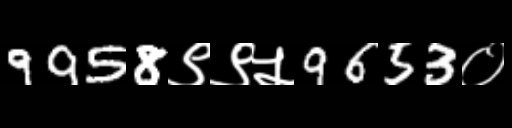
Text: 9958९९५9653०